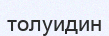
толуидин